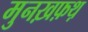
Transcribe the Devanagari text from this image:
मुनख़फ़थ़